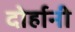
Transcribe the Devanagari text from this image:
दोर्हानी